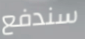
سندفع